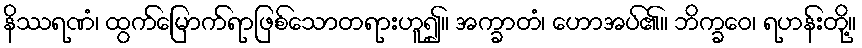
နိဿရဏံ၊ ထွက်မြောက်ရာဖြစ်သောတရားဟူ၍။ အက္ခာတံ၊ ဟောအပ်၏။ ဘိက္ခဝေ၊ ရဟန်းတို့။